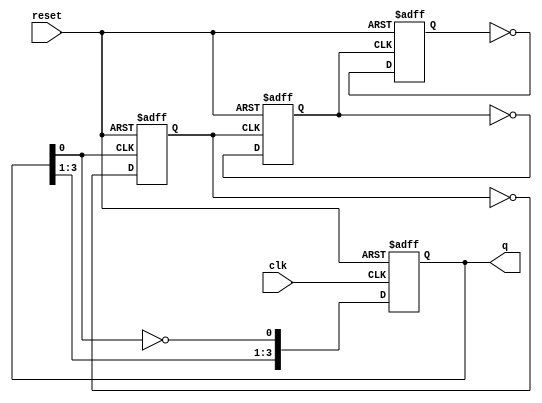
module async_ripple_counter (
    input wire clk,       // Clock input
    input wire reset,     // Asynchronous reset
    output reg [n-1:0] q // Output count
);

    parameter n = 4; // Number of bits in the counter (e.g., 4 for a 4-bit counter)

    always @(posedge clk or posedge reset) begin
        if (reset) begin
            q <= 0; // Reset the counter to 0
        end else begin
            // Toggle the first flip-flop (least significant bit)
            q[0] <= ~q[0];
        end
    end

    // The following always blocks create the ripple effect
    genvar i;
    generate
        for (i = 1; i < n; i = i + 1) begin : ripple
            always @(posedge q[i-1] or posedge reset) begin
                if (reset) begin
                    q[i] <= 0; // Reset the flip-flop
                end else begin
                    q[i] <= ~q[i]; // Toggle the flip-flop
                end
            end
        end
    endgenerate

endmodule